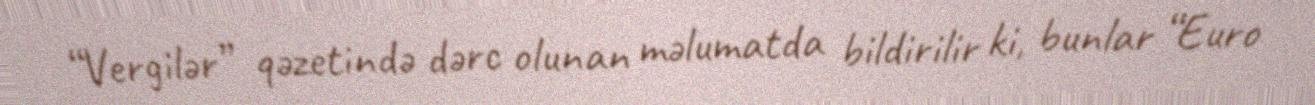
“Vergilər” qəzetində dərc olunan məlumatda bildirilir ki, bunlar “Euro